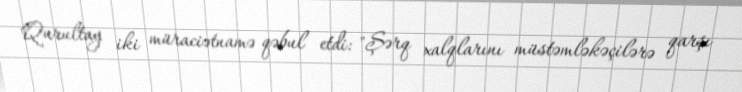
Qurultay iki müraciətnamə qəbul etdi: "Şərq xalqlarını müstəmləkəçilərə qarşı